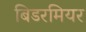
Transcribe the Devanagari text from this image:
बिडरमियर